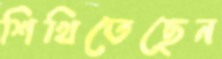
শিখিতেছেন